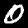
Label: 0